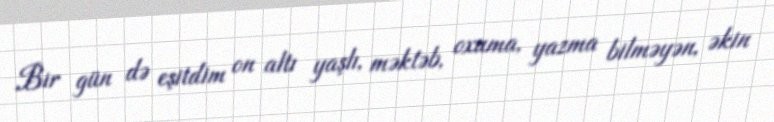
Bir gün də eşitdim on altı yaşlı, məktəb, oxuma, yazma bilməyən, əkin